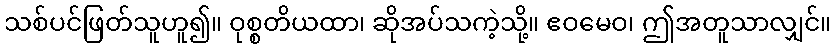
သစ်ပင်ဖြတ်သူဟူ၍။ ဝုစ္စတိယထာ၊ ဆိုအပ်သကဲ့သို့။ ဧဝမေဝ၊ ဤအတူသာလျှင်။